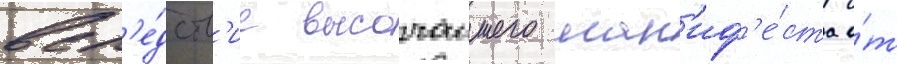
всл'е́дств'ие высочаишего ман'иф'е́ста о́т